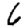
Digit: 6